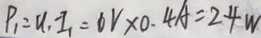
P _ { 1 } = U _ { 1 } \cdot I _ { 1 } = 6 V \times 0 . 4 A = 2 . 4 W